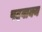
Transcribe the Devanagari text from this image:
पदवाक्य